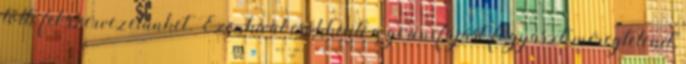
tölti fel szervezetünket. Ezenkívül csökkenti a gerincfájást, fogyaszt, méregtelenít,